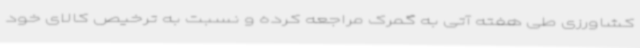
کشاورزی طی هفته آتی به گمرک مراجعه کرده و نسبت به ترخیص کالای خود